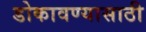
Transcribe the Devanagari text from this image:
डोकावण्यासाठी